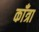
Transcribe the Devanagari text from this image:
काँत्रा